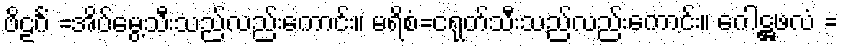
ဗိဠင်္ဂံ =အိပ်မွေ့သီးသည်လည်းကောင်း။ မရိစံ=ငရုတ်သီးသည်လည်းကောင်း။ ဂေါဋ္ဌဖလံ =